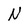
Character: N